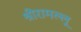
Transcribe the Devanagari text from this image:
श्रीरामल्लू